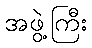
အဖွဲ့ကြီး